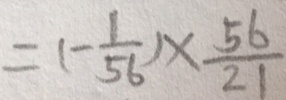
= ( - \frac { 1 } { 5 6 } ) \times \frac { 5 6 } { 2 1 }